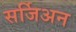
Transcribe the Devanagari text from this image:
सर्जिअन